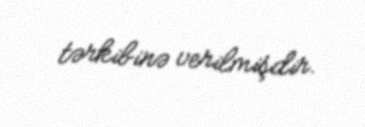
tərkibinə verilmişdir.